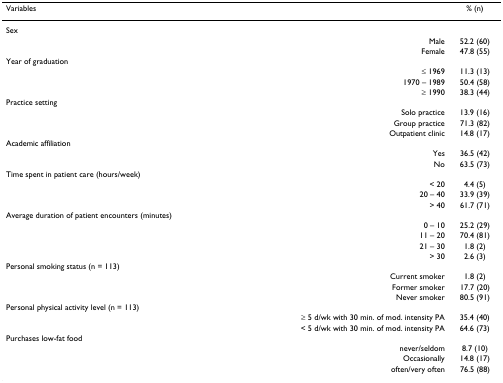
<table><thead><tr><td><b>Variables</b></td><td></td><td><b>% (n)</b></td></tr></thead><tbody><tr><td>Sex</td><td></td><td></td></tr><tr><td></td><td>Male</td><td>52.2 (60)</td></tr><tr><td></td><td>Female</td><td>47.8 (55)</td></tr><tr><td>Year of graduation</td><td></td><td></td></tr><tr><td></td><td>≤ 1969</td><td>11.3 (13)</td></tr><tr><td></td><td>1970 – 1989</td><td>50.4 (58)</td></tr><tr><td></td><td>≥ 1990</td><td>38.3 (44)</td></tr><tr><td>Practice setting</td><td></td><td></td></tr><tr><td></td><td>Solo practice</td><td>13.9 (16)</td></tr><tr><td></td><td>Group practice</td><td>71.3 (82)</td></tr><tr><td></td><td>Outpatient clinic</td><td>14.8 (17)</td></tr><tr><td>Academic affiliation</td><td></td><td></td></tr><tr><td></td><td>Yes</td><td>36.5 (42)</td></tr><tr><td></td><td>No</td><td>63.5 (73)</td></tr><tr><td>Time spent in patient care (hours/week)</td><td></td><td></td></tr><tr><td></td><td>&lt; 20</td><td>4.4 (5)</td></tr><tr><td></td><td>20 – 40</td><td>33.9 (39)</td></tr><tr><td></td><td>&gt; 40</td><td>61.7 (71)</td></tr><tr><td>Average duration of patient encounters (minutes)</td><td></td><td></td></tr><tr><td></td><td>0 – 10</td><td>25.2 (29)</td></tr><tr><td></td><td>11 – 20</td><td>70.4 (81)</td></tr><tr><td></td><td>21 – 30</td><td>1.8 (2)</td></tr><tr><td></td><td>&gt; 30</td><td>2.6 (3)</td></tr><tr><td>Personal smoking status (n = 113)</td><td></td><td></td></tr><tr><td></td><td>Current smoker</td><td>1.8 (2)</td></tr><tr><td></td><td>Former smoker</td><td>17.7 (20)</td></tr><tr><td></td><td>Never smoker</td><td>80.5 (91)</td></tr><tr><td>Personal physical activity level (n = 113)</td><td></td><td></td></tr><tr><td></td><td>≥ 5 d/wk with 30 min. of mod. intensity PA</td><td>35.4 (40)</td></tr><tr><td></td><td>&lt; 5 d/wk with 30 min. of mod. intensity PA</td><td>64.6 (73)</td></tr><tr><td>Purchases low-fat food</td><td></td><td></td></tr><tr><td></td><td>never/seldom</td><td>8.7 (10)</td></tr><tr><td></td><td>Occasionally</td><td>14.8 (17)</td></tr><tr><td></td><td>often/very often</td><td>76.5 (88)</td></tr></tbody></table>